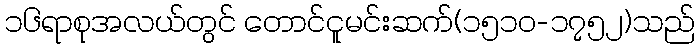
၁၆ရာစုအလယ်တွင် တောင်ငူမင်းဆက်(၁၅၁၀-၁၇၅၂)သည်